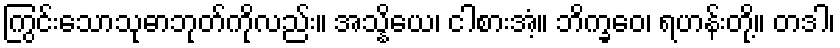
ကြွင်းသောသုဓာဘုတ်ကိုလည်း။ အသ္နိယေ၊ ငါစားအံ့။ ဘိက္ခဝေ၊ ရဟန်းတို့။ တဒါ၊